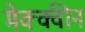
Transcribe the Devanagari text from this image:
मेक्क्वीन